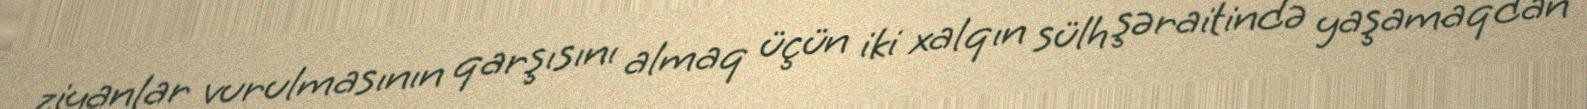
ziyanlar vurulmasının qarşısını almaq üçün iki xalqın sülh şəraitində yaşamaqdan